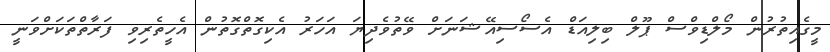
މީގެއިތުރުން މޯލްޑިވްސް ޕޫލް ބިލިއަޑް އެސޯސިއޭޝަނަށް ވޭތުވެދިޔަ އަހަރު އެކިގޮތްގޮތުން އެހީތެރިވި ފަރާތްތަކަށްވަނީ